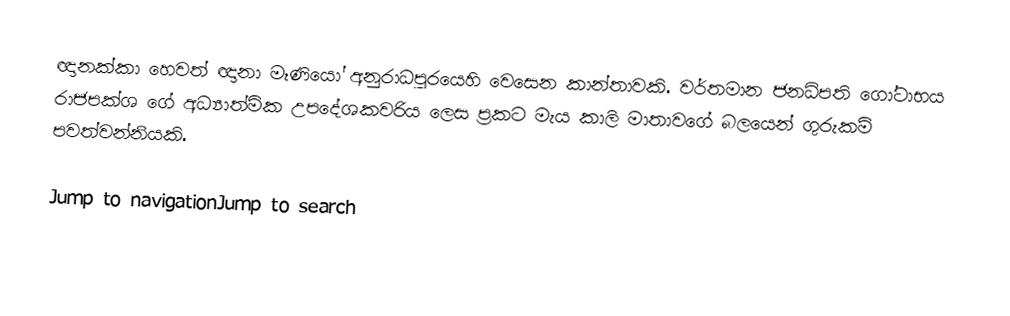
ඥානක්කා හෙවත් ඥානා මෑණියෝ අනුරාධපුරයෙහි වෙසෙන කාන්තාවකි. වර්තමාන ජනධිපති ගෝටාභය රාජපක්ශ ගේ අධ්‍යාත්මික උපදේශකවරිය ලෙස ප්‍රකට මැය කාලි මාතාවගේ බලයෙන් ගුරුකම් පවත්වන්නියකි.

Jump to navigationJump to search